Assam Mental Hospital (Tezpur, India) - 1933-1948
Year: 1933
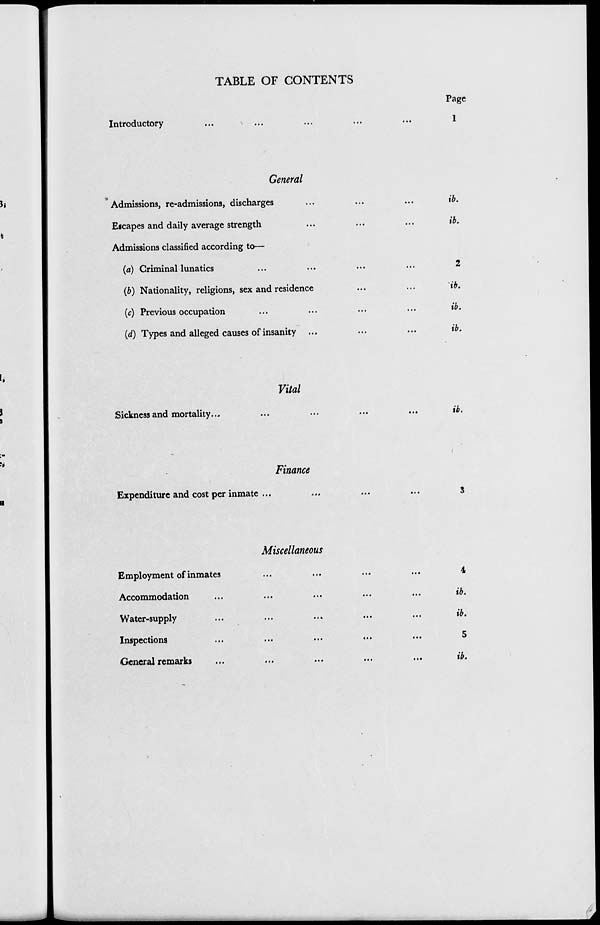
TABLE OF CONTENTS
Introductory ... ... ... ... ...
General
Admissions, re-admissions, discharges ... ... ...
Escapes and daily average strength ... ... ...
Admissions classified according to—
(a) Criminal lunatics ... ... ... ...
(b) Nationality, religions, sex and residence ... ...
(c) Previous occupation ... ... ... ...
(d) Types and alleged causes of insanity ... ... ...
Vital
Sickness and mortality... ... ... ... ...
Finance
Expenditure and cost per inmate ... ... ... ...
Miscellaneous
Employment of inmates ... ... ... ...
Accommodation
...
...
...
...
...
Water-supply ... ... ... ... ...
Inspections
...
...
...
...
...
General remarks ... ... ... ... ...
Page
1
ib.
ib.
2
ib.
ib.
ib.
ib.
3
4
ib.
ib.
5
ib.